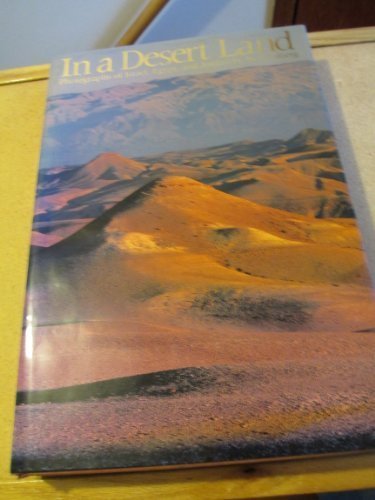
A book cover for In a Desert Land: Photographs of Israel, Egypt, and Jordan; Neil Folberg; Travel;